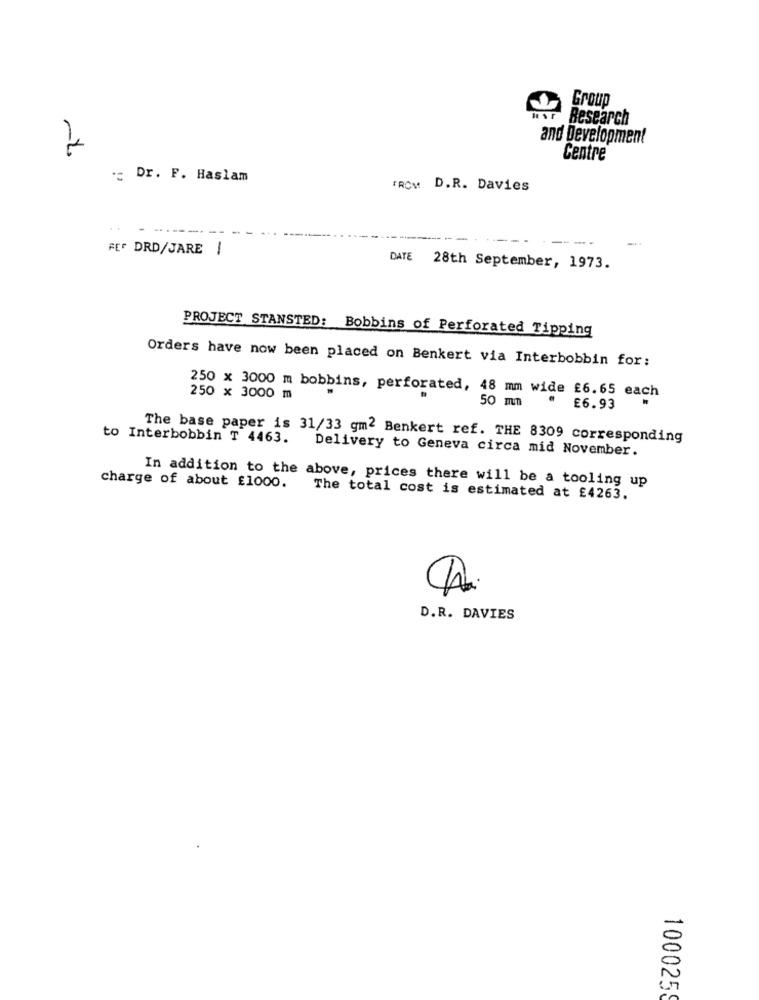
Group
usr Research
and Development
Centre
: Dr. F. Haslam
FROM: D.R. Davies
FEF DRD/JARE |
DATE 28th September, 1973.
PROJECT STANSTED: Bobbins of Perforated Tipping
Orders have now been placed on Benkert via Interbobbin for:
250 x 3000 m bobbins, perforated, 48 mm wide £6.65 each
250 x 3000 m
50 mm
£6.93
to Interbobbin T 4463.
The base paper is 31/33 gm2 Benkert ref. THE 8309 corresponding
Delivery to Geneva circa mid November.
In addition to the above, prices there will be a tooling up
charge of about £1000.
The total cost is estimated at £4263.
D.R. DAVIES
100025